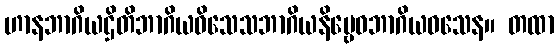
ဟာနဘာဂိယဌိတိဘာဂိယဝိသေသဘာဂိယနိဗ္ဗေဓဘာဂိယဝသေန။ တထာ